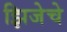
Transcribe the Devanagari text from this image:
झिजेचे